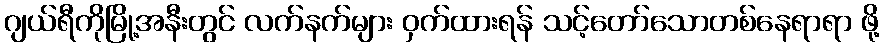
ဂျယ်ရီကိုမြို့အနီးတွင် လက်နက်များ ဝှက်ထားရန် သင့်တော်သောတစ်နေရာရာ ဖို့